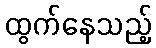
ထွက်နေသည့်